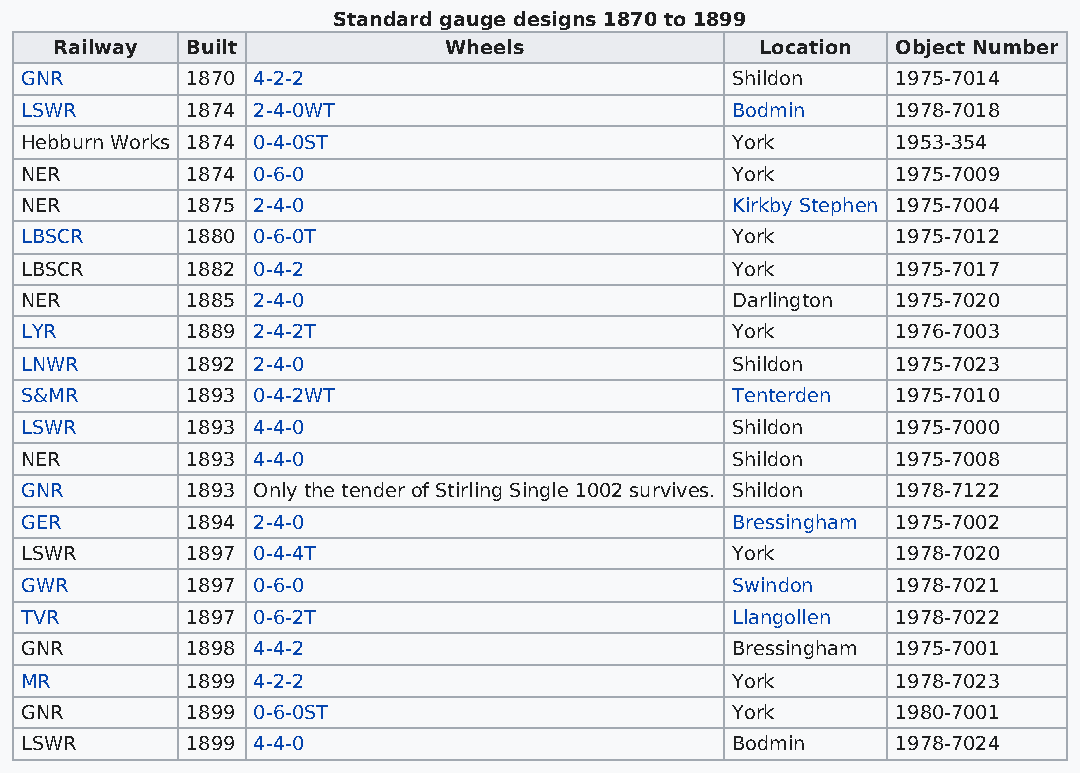
Standard gauge designs 1870 to 1899
 Railway Built            Wheels               Location Object Number
 GNR        1870 4-2-2                          Shildon    1975-7014
 LSWR       1874 2-4-0WT                        Bodmin     1978-7018
 Hebburn Works 1874 0-4-0ST                     York       1953-354
 NER        1874 0-6-0                          York       1975-7009
 NER        1875 2-4-0                          Kirkby Stephen 1975-7004
 LBSCR      1880 0-6-0T                         York       1975-7012
 LBSCR      1882 0-4-2                          York       1975-7017
 NER        1885 2-4-0                          Darlington 1975-7020
 LYR        1889 2-4-2T                         York       1976-7003
 LNWR       1892 2-4-0                          Shildon    1975-7023
 S&MR       1893 0-4-2WT                        Tenterden  1975-7010
 LSWR       1893 4-4-0                          Shildon    1975-7000
 NER        1893 4-4-0                          Shildon    1975-7008
 GNR        1893 Only the tender of Stirling Single 1002 survives. Shildon 1978-7122
 GER        1894 2-4-0                          Bressingham 1975-7002
 LSWR       1897 0-4-4T                         York       1978-7020
 GWR        1897 0-6-0                          Swindon    1978-7021
 TVR        1897 0-6-2T                         Llangollen 1978-7022
 GNR        1898 4-4-2                          Bressingham 1975-7001
 MR         1899 4-2-2                          York       1978-7023
 GNR        1899 0-6-0ST                        York       1980-7001
 LSWR       1899 4-4-0                          Bodmin     1978-7024